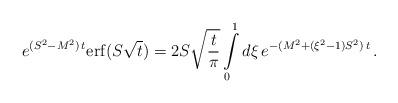
LaTeX: \begin{align*}e^{(S^2-M^2)\,t} {\rm erf} (S\sqrt t )=2S \sqrt{\frac t\pi}\int\limits_0^1 d\xi\, e^{-(M^2+(\xi^2-1)S^2)\,t} \,.\end{align*}